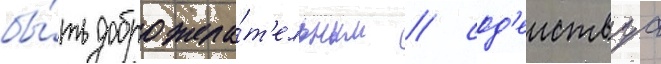
бы́ть доброжела́т'ельным / сод'еиствуа